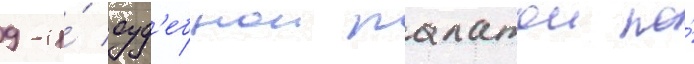
9-и́ суд'ебнои палатои по́